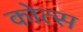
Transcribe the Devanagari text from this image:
कोत्स